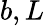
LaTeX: b,L